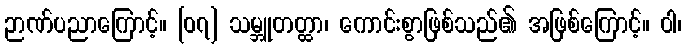
ဉာဏ်ပညာကြောင့်။ [၀၇] သမ္ဘူတတ္ထာ၊ ကောင်းစွာဖြစ်သည်၏ အဖြစ်ကြောင့်။ ဝါ၊